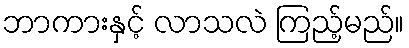
ဘာကားနှင့် လာသလဲ ကြည့်မည်။